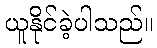
ယူနိုင်ခဲ့ပါသည်။